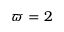
\varpi = 2